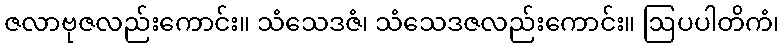
ဇလာဗုဇလည်းကောင်း။ သံသေဒဇံ၊ သံသေဒဇလည်းကောင်း။ ဩပပါတိကံ၊